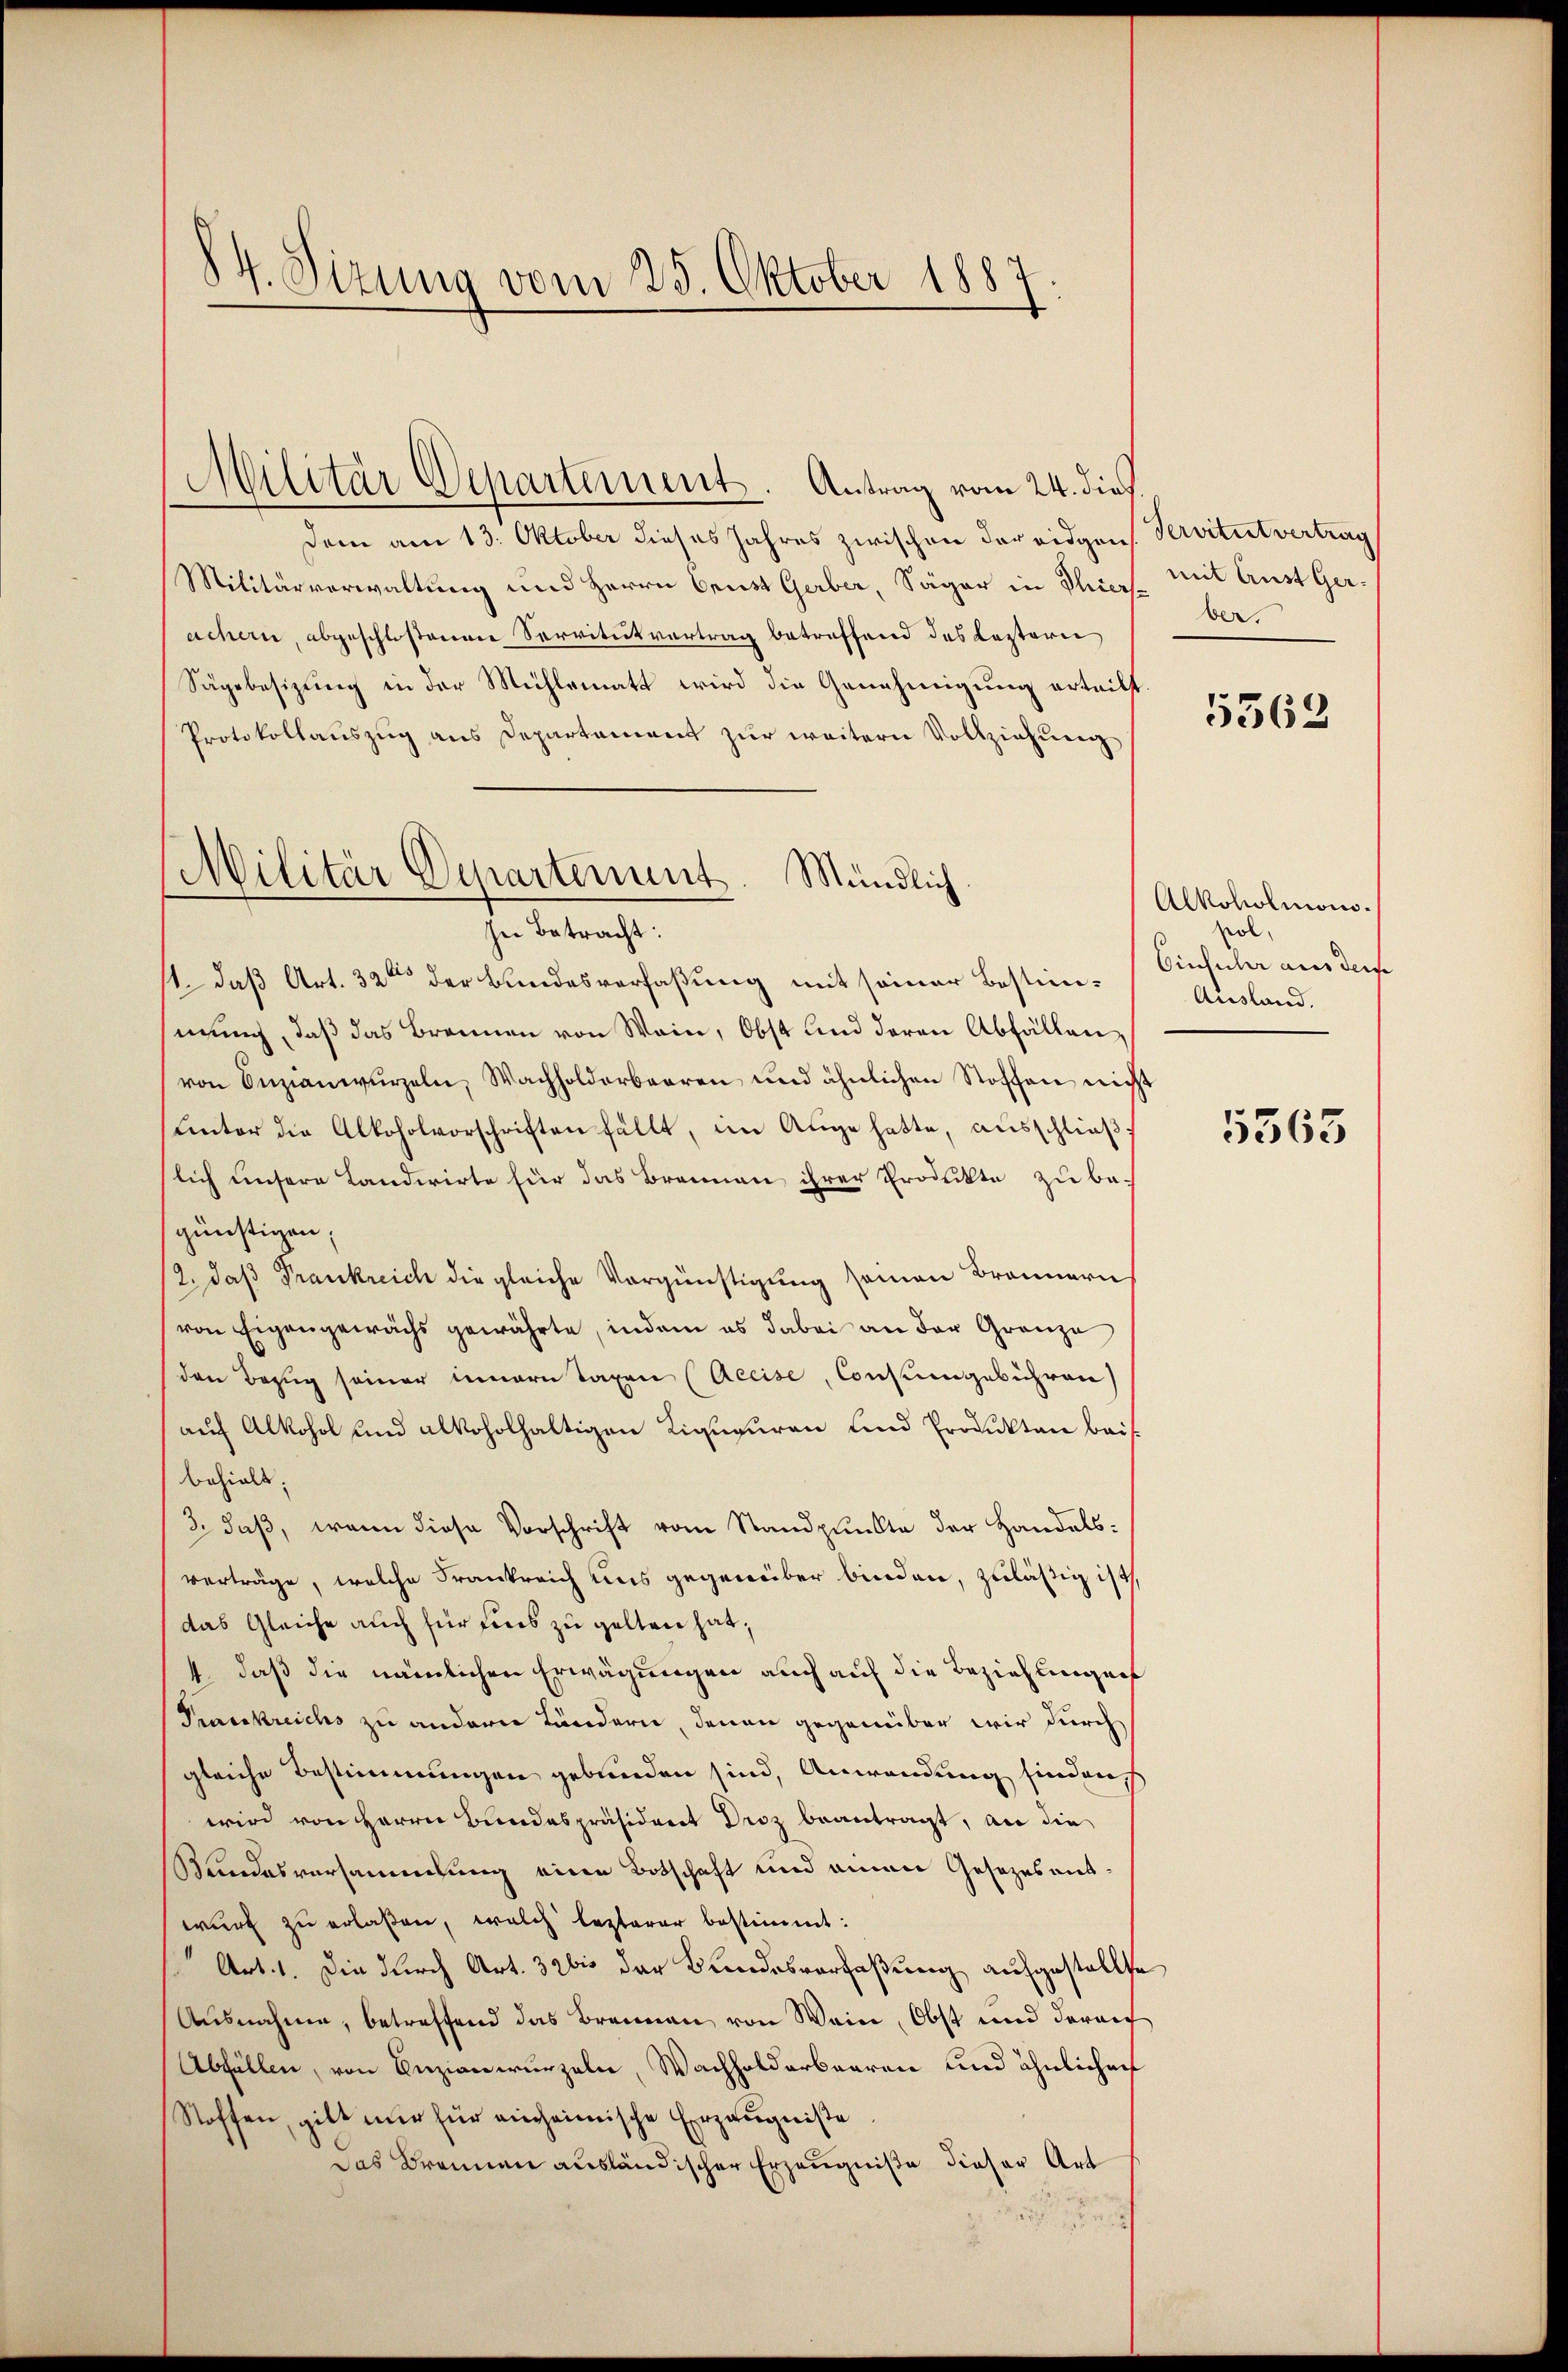
84. Sizung vom 25. Oktober 1887

dem am 13. Oktober dieses Jahres zwischen der eidgen. Servitut vertrag
Militärverwaltung und Herrn Brust Gaber Säger in Thiere ber
achern, abgeschloßenen Servitutvertrag betreffend des Leztern
Sägebesizung in der Mühlematt wird die Genehmigung erteilt.
Protokollauszug aus Departement zur weitern Vollziehung
(Militär Departement. Mündlich

Militär Departement. Antrag vom 24. dies

In Betracht:

mit Aust Ger¬

1., daß Art. 32ten der Bundesverfaßung mit seiner Bestimmung, daß das Brennen von Wein, Obst und deren Abfällen,
von Enzianwŭrzeln, Wachholderbaaren und ähnlichen Stoffen nicht
Unter die Alkoholvorschriften fällt, im Auge hatte, ausschließt
lich unsere Landwirte für das Brannen ihrer Produkte zu begünstigen;
/2, daß Frankreich die gleiche Vergünstigung seinen Brannern
von Eigengewächs gewährte, indem es dabei an der Gränze
den Bezug seiner innern Taxen (Accise, Consumgebühren
auf Alkohol und alkoholhaltigen Liqupuren und Produkten beibehielt.
3. daß, wenn diese Vorschrift vom Standpunkte der Handelsverträge, welche Frankreich uns gegenüber binden, zuläßig ist,
das Gleiche auch für eins zu gelten hat,
4, daß die nämlichen Erwägungen auch auf die Beziehungen
Prasskreichs zu andern Ländern, denen gegenüber wir durch
gleiche Bestimmungen gebunden sind, Anwendung finden s
wird von Herrn Bundespräsident Droz beantragt, an die
Bundesversammlung eine Botschaft und einen Gesezesentwurf zu erlaßen, welch lezterer bestimmt:
Art. 1. Die durch Art. 32 bis der Bundesverfaßung aufgestellte
Ausnahme, betreffend das Brennen, von Wein, Obst und darauf
Abfällen, von Anzianwurzeln, Wachholdarbaaren und ähnlicher
Stoffen, gibt nur für einheimische Erzeugniße
Das Brennen ausländischer Erzeugniße dieser Art

5562

Alkoholmonisol,
Einfuhr aus derse
Ausland.

5563